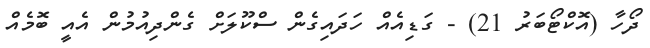
ދޯހާ (އޮކްޓޯބަރު 21) - ގަޑިއެއް ހަދައިގެން ސްކޫލަށް ގެންދިއުމުން އެއީ ބޮމެއް